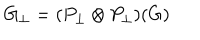
LaTeX: G _ { \perp } = ( P _ { \perp } \otimes P _ { \perp } ) ( G )